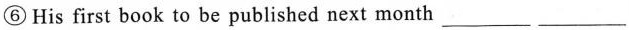
⑥His first book to be published next month___ ___